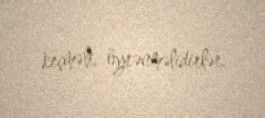
keçməli, öyrənməlidirlər.